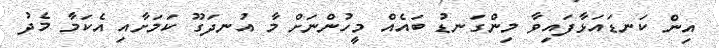
އިން ކަނޑައަޅާފައިވާ މިންގަނޑު ބައެއް މީހުންނަށް މާ އުނދަގޫ ކަމަށާއި އެކަމާ މެދު